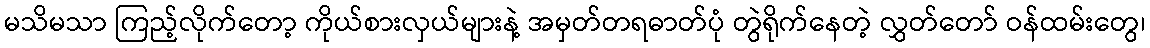
မသိမသာ ကြည့်လိုက်တော့ ကိုယ်စားလှယ်များနဲ့ အမှတ်တရဓာတ်ပုံ တွဲရိုက်နေတဲ့ လွှတ်တော် ဝန်ထမ်းတွေ၊